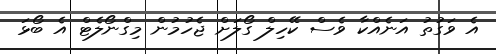
އެ ވަގުތު އަނެއްކާ ވެސް ކޭހިލް ގޯލަށް ޖެހުމުން މިގްނޯލެޓް އެ ބޯޅަ